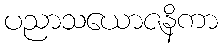
ပညာသယောဇနိကာ